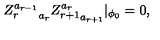
{ Z _ { r } ^ { a _ { r - 1 } } } _ { a _ { r } } { Z _ { r + 1 } ^ { a _ { r } } } _ { a _ { r + 1 } } | _ { \phi _ { 0 } } = 0 ,